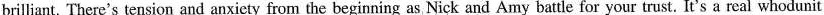
brilliant. There's tension and anxiety from the beginning as Nick and Amy battle for your trust. It's a real whodunit